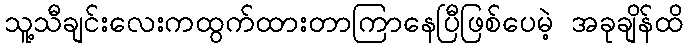
သူ့သီချင်းလေးကထွက်ထားတာကြာနေပြီဖြစ်ပေမဲ့ အခုချိန်ထိ